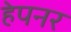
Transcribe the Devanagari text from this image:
हेपनर